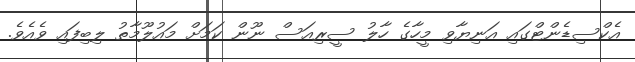
އެކްސިޑެންޓްގައި އަނިޔާވި މީހާގެ ހާލު ސީރިއަސް ނޫން ކަމަށް މައުލޫމާތު ލިބިފައި ވެއެވެ.